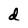
Character: d